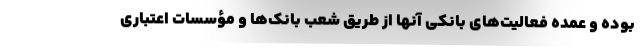
بوده و عمده فعالیت‌های بانکی آنها از طریق شعب بانک‌ها و مؤسسات اعتباری